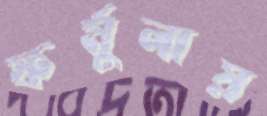
ফর্মুলায়